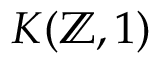
K ( \mathbb { Z } , 1 )